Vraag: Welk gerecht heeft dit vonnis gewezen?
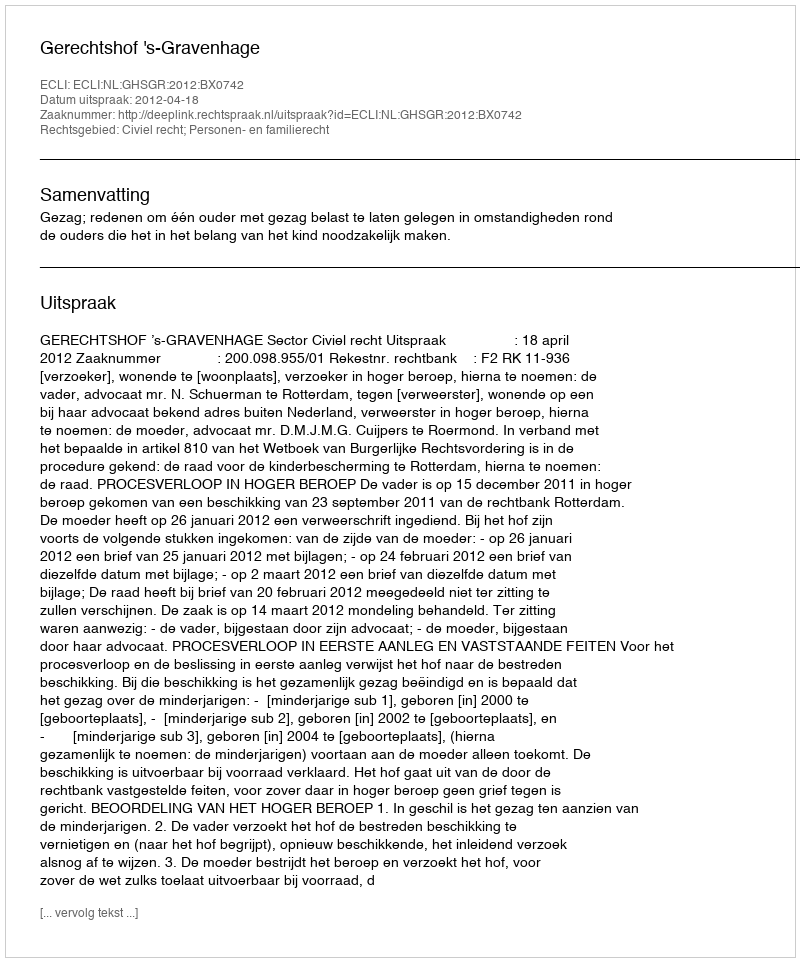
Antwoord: Gerechtshof 's-Gravenhage